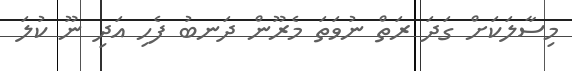
މިސާލަކަށް ގަދަ ރަތް ނުވަތަ މެރޫން ދަނބު ފެހި އަދި ނޫ ކުލަ